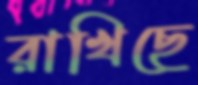
রাখিছে